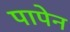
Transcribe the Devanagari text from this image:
पापेन